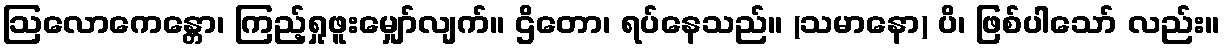
ဩလောကေန္တော၊ ကြည့်ရှုဖူးမျှော်လျက်။ ဌိတော၊ ရပ်နေသည်။ (သမာနော) ပိ၊ ဖြစ်ပါသော် လည်း။